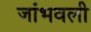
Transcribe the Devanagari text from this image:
जांभवली